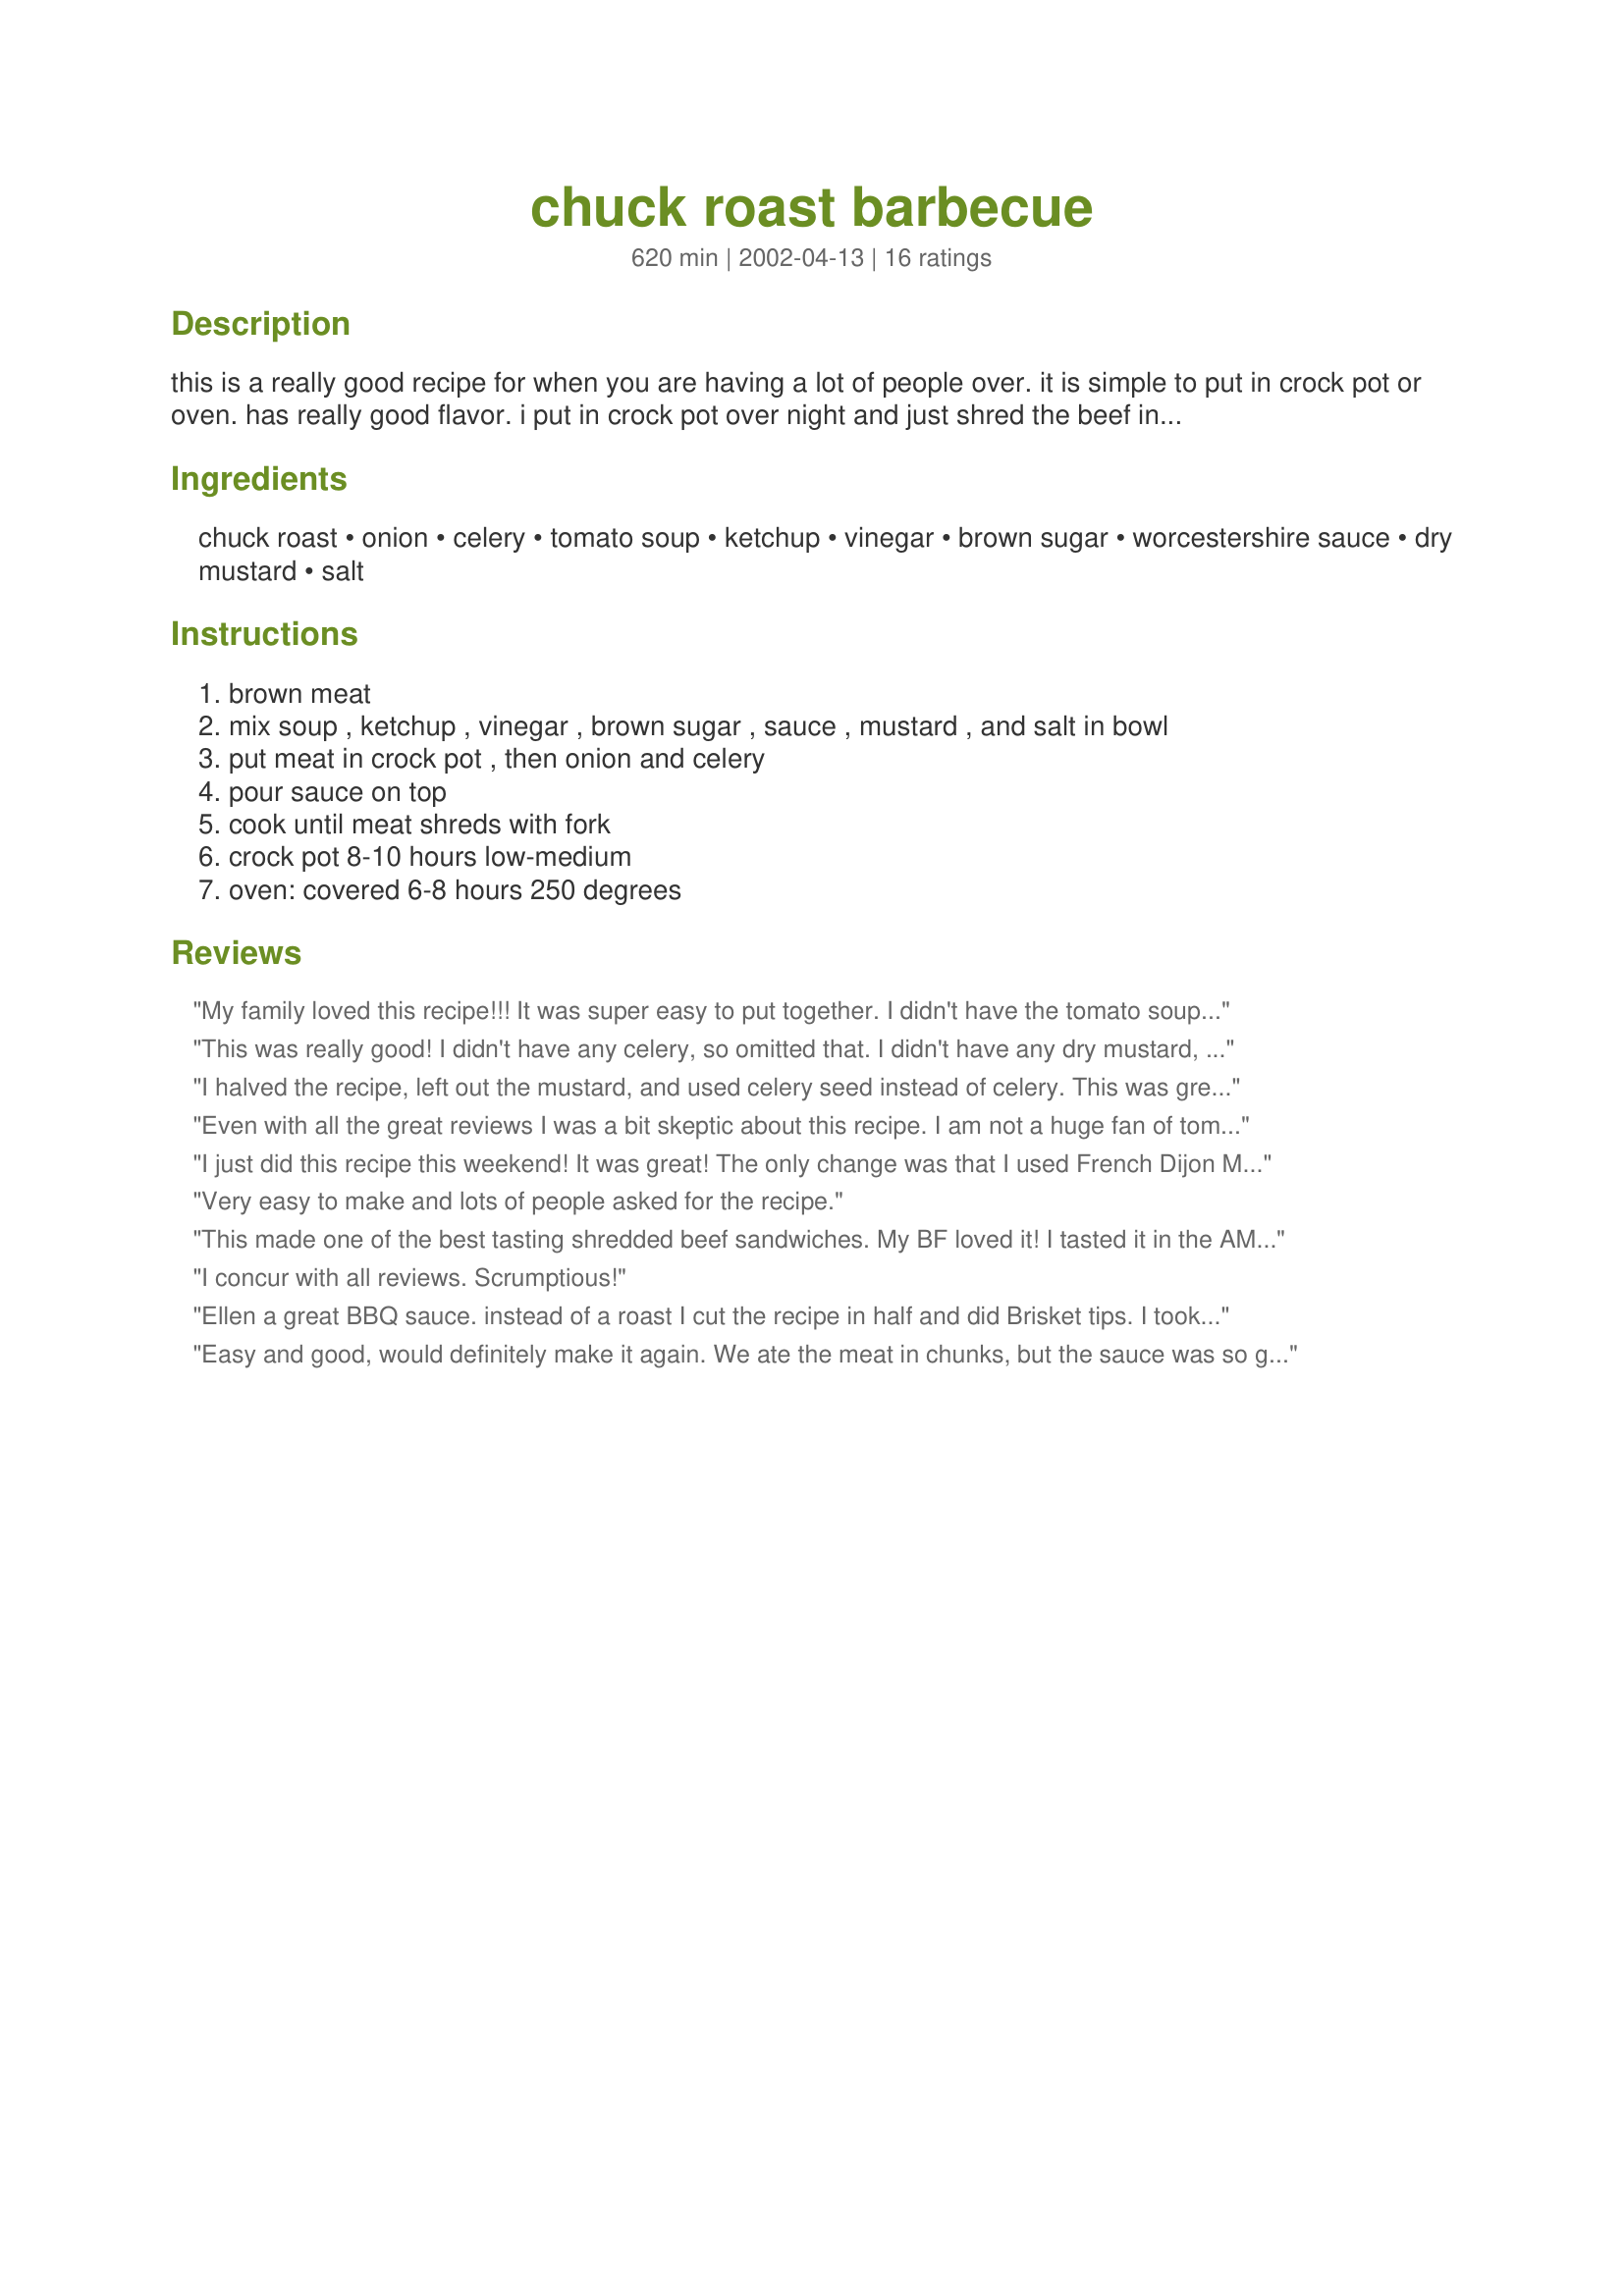
chuck roast barbecue
Preparation time: 620 minutes

this is a really good recipe for when you are having a lot of people over. it is simple to put in crock pot or oven. has really good flavor. i put in crock pot over night and just shred the beef in the morning and let it go on low until needed.

Ingredients:
chuck roast, onion, celery, tomato soup, ketchup, vinegar, brown sugar, worcestershire sauce, dry mustard, salt

Steps:
brown meat, mix soup , ketchup , vinegar , brown sugar , sauce , mustard , and salt in bowl, put meat in crock pot , then onion and celery, pour sauce on top, cook until meat shreds with fork, crock pot 8-10 hours low-medium, oven: covered 6-8 hours 250 degrees

Reviews:
My family loved this recipe!!! It was super easy to put together. I didn't have the tomato soup so I used a 15 ounce can of tomato sauce. I also added about one teaspoon of garlic powder. And I prefer a sweeter BBQ sauce, so I used about 1/2 cup brown sugar. It was wonderful and leftovers did not last long. I loved it so much I had it for lunch and dinner the next day and I am not a leftover person. Thanks for a great recipe!
This was really good! I didn't have any celery, so omitted that. I didn't have any dry mustard, so I used a giant squirt of yellow mustard ;) We ate it with potatoes the first day and then had sandwiches with the leftovers. Thanks for this great one!
I halved the recipe, left out the
mustard, and used celery seed 
instead of celery. This was great
over rice, and my husband liked
it on hoagie rolls for lunches.
I cut the meat into chunks for a
quicker cooking time.
Even with all the great reviews I was a bit skeptic about this recipe. I am not a huge fan of tomato soup but thought I would give this a try. I followed the recipe as written other then I didn't add the celery. I was sure what type of vinegar to use so I used red wine vinegar. I also used Splenda brown sugar as that is all I buy. I also only use one teaspon of salt. Wow this was really tasty. I got this on late in the day so I cooked it on high for five hours. I loved the taste of the sauce. This was easy to put together and used ingredients that I normally have on hand.
I just did this recipe this weekend! It was great! The only change was that I used French Dijon Mustard, it certainly gave it a very mellow flavour. I didn't have an celery either, so I used some chopped red pepper, it seemed to work fine, as I used celery salt in place of normal salt & the colours were very vibrant! It has been added to one of my cookbooks! Thanks,French Tart.
Very easy to make and lots of people asked for the recipe.
This made one of the best tasting shredded beef sandwiches. My BF loved it! I tasted it in the AM and added some Ray’s Sweet Barbeque Sauce to it because it didn’t seem to taste like barbeque. BF said that it did not taste like barbeque – but thought it was awesome! He has already asked me to make it again! Thank you!
I concur with all reviews. Scrumptious!
Ellen a great BBQ sauce. instead of a roast I cut the recipe in half and did Brisket tips. I took them out of the freezer and into the crockpot, followed your recipe and instuctions. Turned the crockepot to high for 45 minutes and then to low for 5 1/2 hours MMmmmmmm excellent. Not only that, there is sauce left over so for tomorrow nights dinner I have added 2 tbsp hot sauce and 2 garlic cloves and poured the sauce over a veal cutlet that I'll bake in the oven for 30 minutes. Thanks for a very tasty easy recipe. I may add a bit of Parmesan on top. UPDATE: Ellen I can't add stars again but as I said in my rating I cooked the leftover sauce with a veal chop, added garlic, hot sauce and left over veggies, cooked potatoe, carrots &amp; green beans, Put it all on a pie plate, sealed in foil &amp; cooked for 30 minutes, opened it up added parmesan &amp; asiago cheeses and let it stay in the oven until they were golden. MMMMmmm It's a winner Thanks
Easy and good, would definitely make it again. We ate the meat in chunks, but the sauce was so good, next time I would shred the meat and serve it in the sauce.
This was excellent. I cooked a chuck roast in it for about 5 hours in a clay pot-wonderful! Thank you!!
This was sooo tasty. DH says it's a keeper! Thanks for a great one!
This was excellent barbeque. It was so nice to come home and smell it cooking in the crockpot. My family has eaten this stuff for four days in a row. We just can't get enough of it. The meat is so tender ,and the flavor of the barbeque sauce goes so well with it. The dish is so easy to make ,and really is a time saver. I wish I could give it more than five stars.
This is a great recipe!!! I only cooked it 6 hours and it was perfect. I servied both as a sandwich and also had a meal of baked potato with this as the topper. And it freezes beautifully.

I thought this was pretty good. I was a little disappointed in the sauce, though. I was hoping for a more traditional BBQ flavor. This tasted more like tangy tomato soup. If I make this again, I will probably add some chili powder, garlic and extra sugar (or perhaps honey) to give it a more traditional barbecue sauce flavor. This is just a personal preference, you might love the sauce this recipe makes.
This was a really good roast. I didn't have tomato soup, so substituted a can of tomato paste and a little water. I will definitely make this one again.
